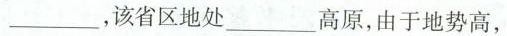
___，该省区地处___高原，由于地势高，